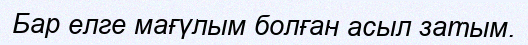
Бар елге мағүлым болған асыл затым.